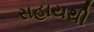
સહાયથી